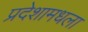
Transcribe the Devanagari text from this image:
प्रदेशामधला